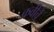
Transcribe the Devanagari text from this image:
कवीचें